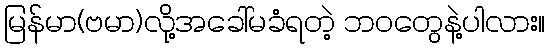
မြန်မာ(ဗမာ)လို့အခေါ်မခံရတဲ့ ဘဝတွေနဲ့ပါလား။